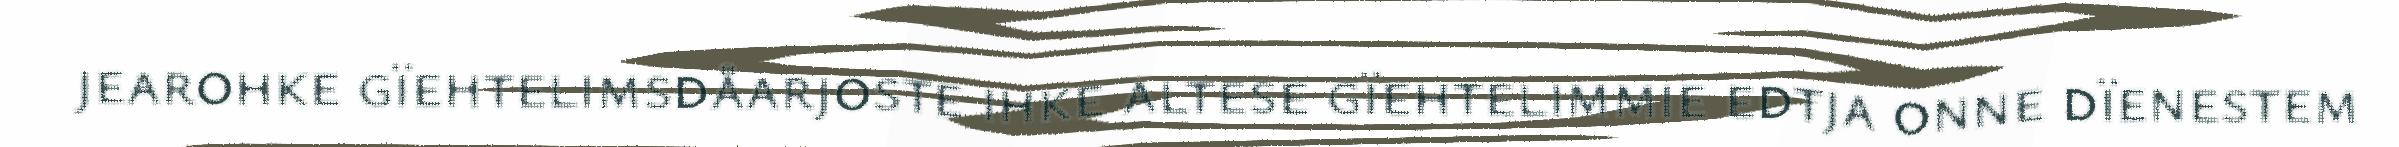
jearohke gïehtelimsdåarjoste ihke altese gïehtelimmie edtja onne dïenestem